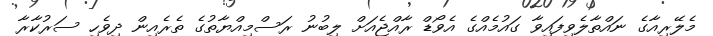
މެލޭރިއާގެ ނައްތާލެވިފައިވާ ގައުމެއްގެ އެވޯޑް ރާއްޖެއަށް ލިބުނު ރަސްމިއްޔާތުގެ ތެރެއިން ދިވެހި ސަރުކާރާ